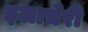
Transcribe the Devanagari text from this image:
इलाचेरी